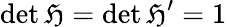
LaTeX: \operatorname*{det}{\mathfrak{H}}=\operatorname*{det}{\mathfrak{H}}^{\prime}=1